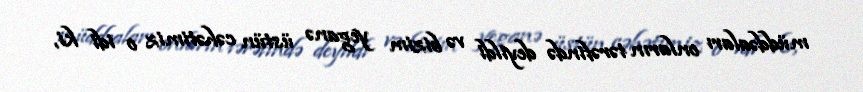
müddəaları onların tərəfində deyildi və bizim yeganə üstün cəhətimiz o idi ki,